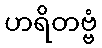
ဟရိတဗ္ဗံ